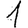
Digit: 1